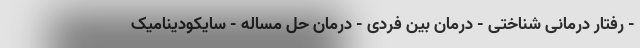
- رفتار درمانی شناختی - درمان بین فردی - درمان حل مساله - سایکودینامیک